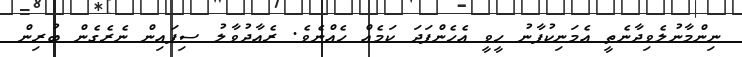
ނިންމާނުލެވިދާނެތީ އެމަނިކުފާނު ހީވީ އެހެންފަދަ ކަމެއް ހެއްނެވެ. ރެއާދުވާލު ސިފައިން ނެރެގެން ބުރިން